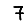
Digit: 7